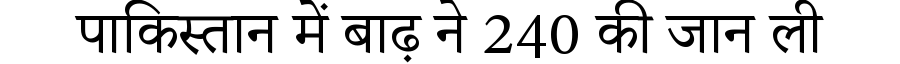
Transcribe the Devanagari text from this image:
पाकिस्तान में बाढ़ ने 240 की जान ली